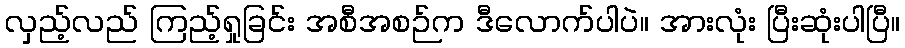
လှည့်လည် ကြည့်ရှုခြင်း အစီအစဉ်က ဒီလောက်ပါပဲ။ အားလုံး ပြီးဆုံးပါပြီ။